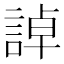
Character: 𧨳